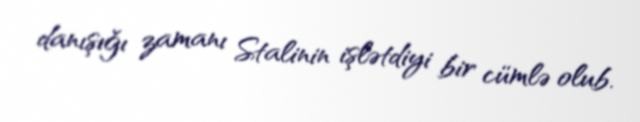
danışığı zamanı Stalinin işlətdiyi bir cümlə olub.